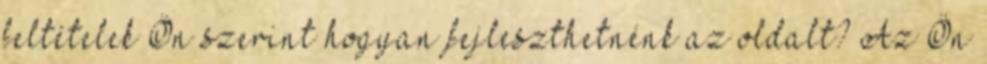
feltételek Ön szerint hogyan fejleszthetnénk az oldalt? Az Ön